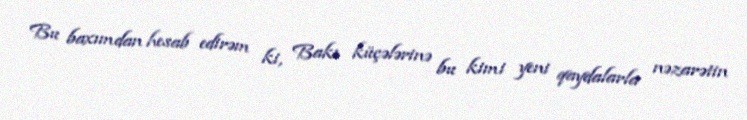
Bu baxımdan hesab edirəm ki, Bakı küçələrinə bu kimi yeni qaydalarla nəzarətin